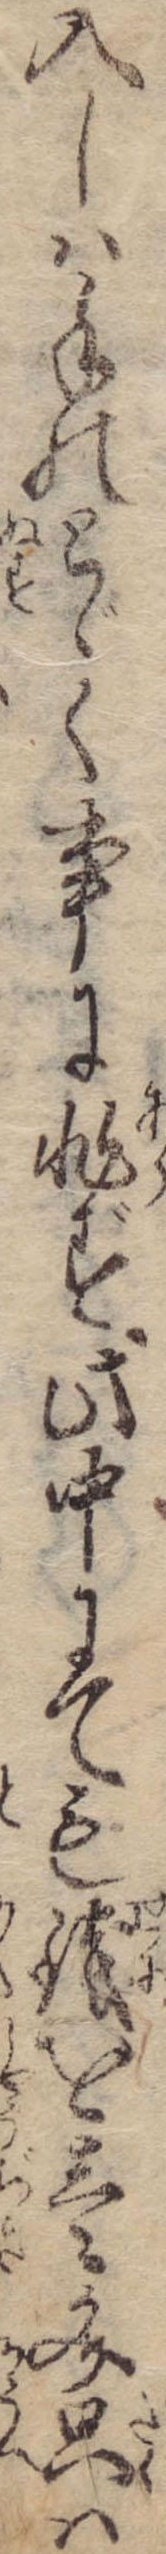
入しは手のとゞく事に非ず此中にても銭を壱文只は